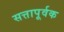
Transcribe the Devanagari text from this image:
सत्तापूर्वक